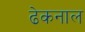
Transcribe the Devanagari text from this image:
ढेकनाल